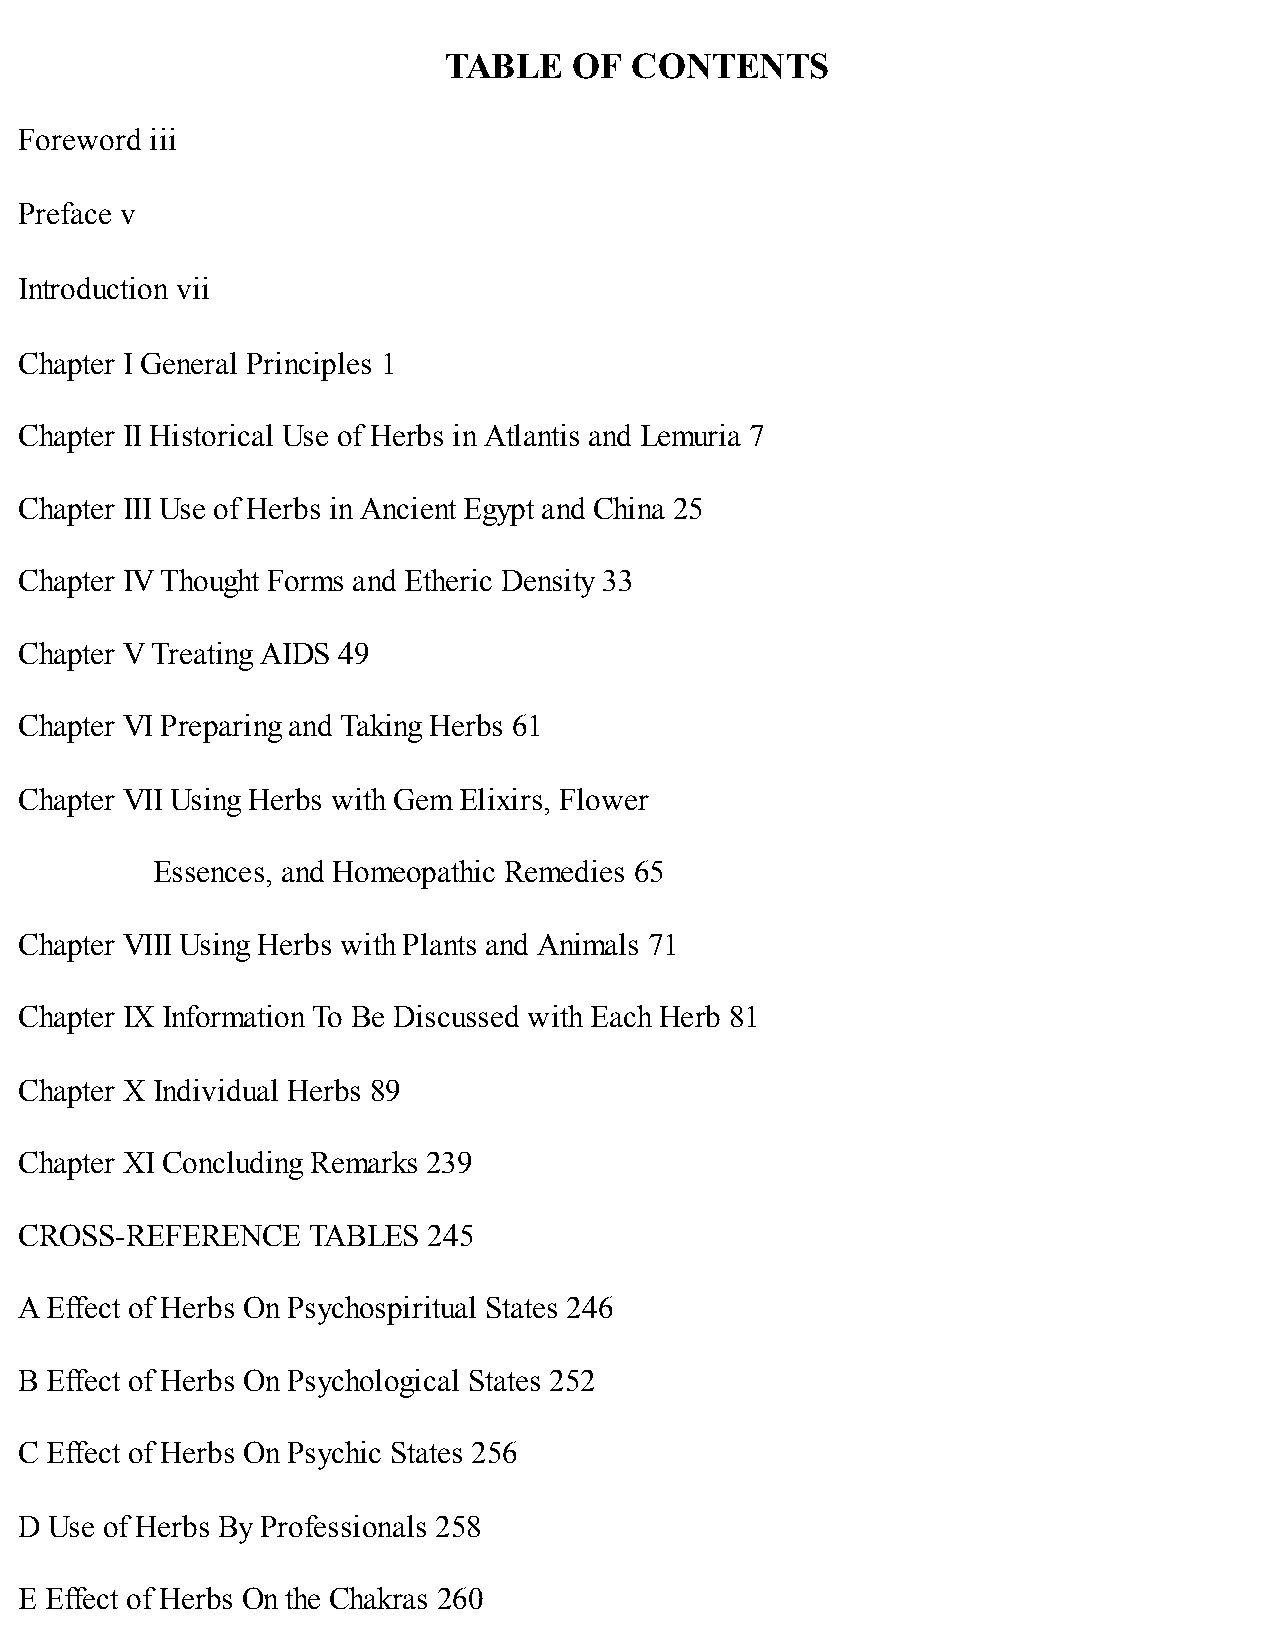
TABLE    OF  CONTENTS
 Foreword iii
 Preface v
 Introduction vii
 Chapter I General Principles 1
 Chapter II Historical Use of Herbs in Atlantis and Lemuria 7
 Chapter III Use of Herbs in Ancient Egypt and China 25
 Chapter IV Thought Forms and Etheric Density 33
 Chapter V Treating AIDS 49
 Chapter VI Preparing and Taking Herbs 61
 Chapter VII Using Herbs with Gem Elixirs, Flower
 Essences, and Homeopathic Remedies 65
 Chapter VIII Using Herbs with Plants and Animals 71
 Chapter IX Information To Be Discussed with Each Herb 81
 Chapter X Individual Herbs 89
 Chapter XI Concluding Remarks 239
 CROSS-REFERENCE    TABLES  245
 A Effect of Herbs On Psychospiritual States 246
 B Effect of Herbs On Psychological States 252
 C Effect of Herbs On Psychic States 256
 D Use of Herbs By Professionals 258
 E Effect of Herbs On the Chakras 260